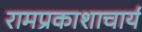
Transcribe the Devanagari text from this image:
रामप्रकाशाचार्य